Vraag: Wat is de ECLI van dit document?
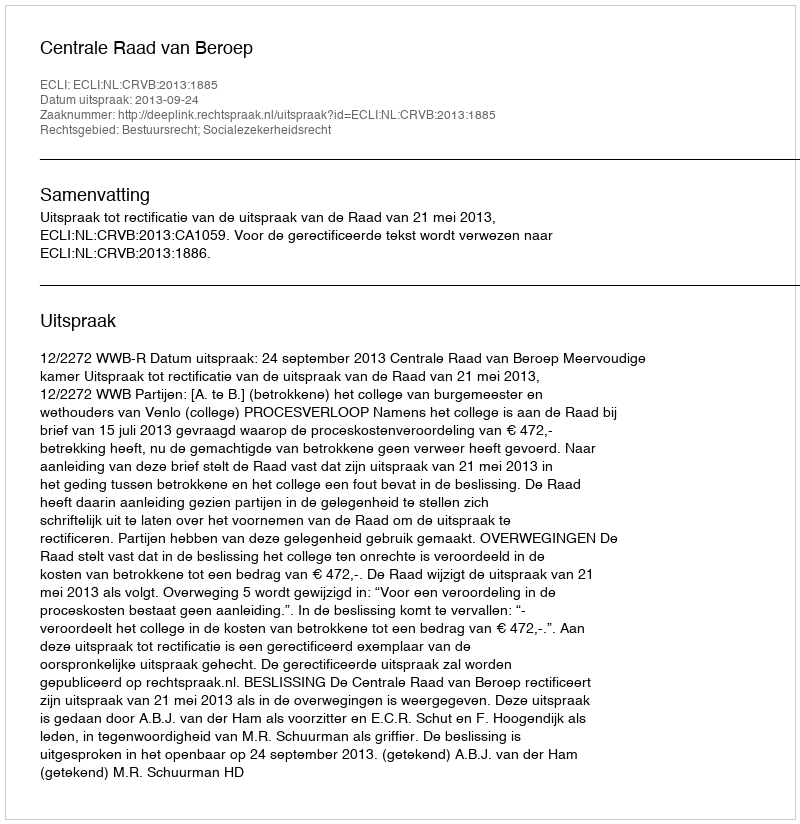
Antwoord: ECLI:NL:CRVB:2013:1885